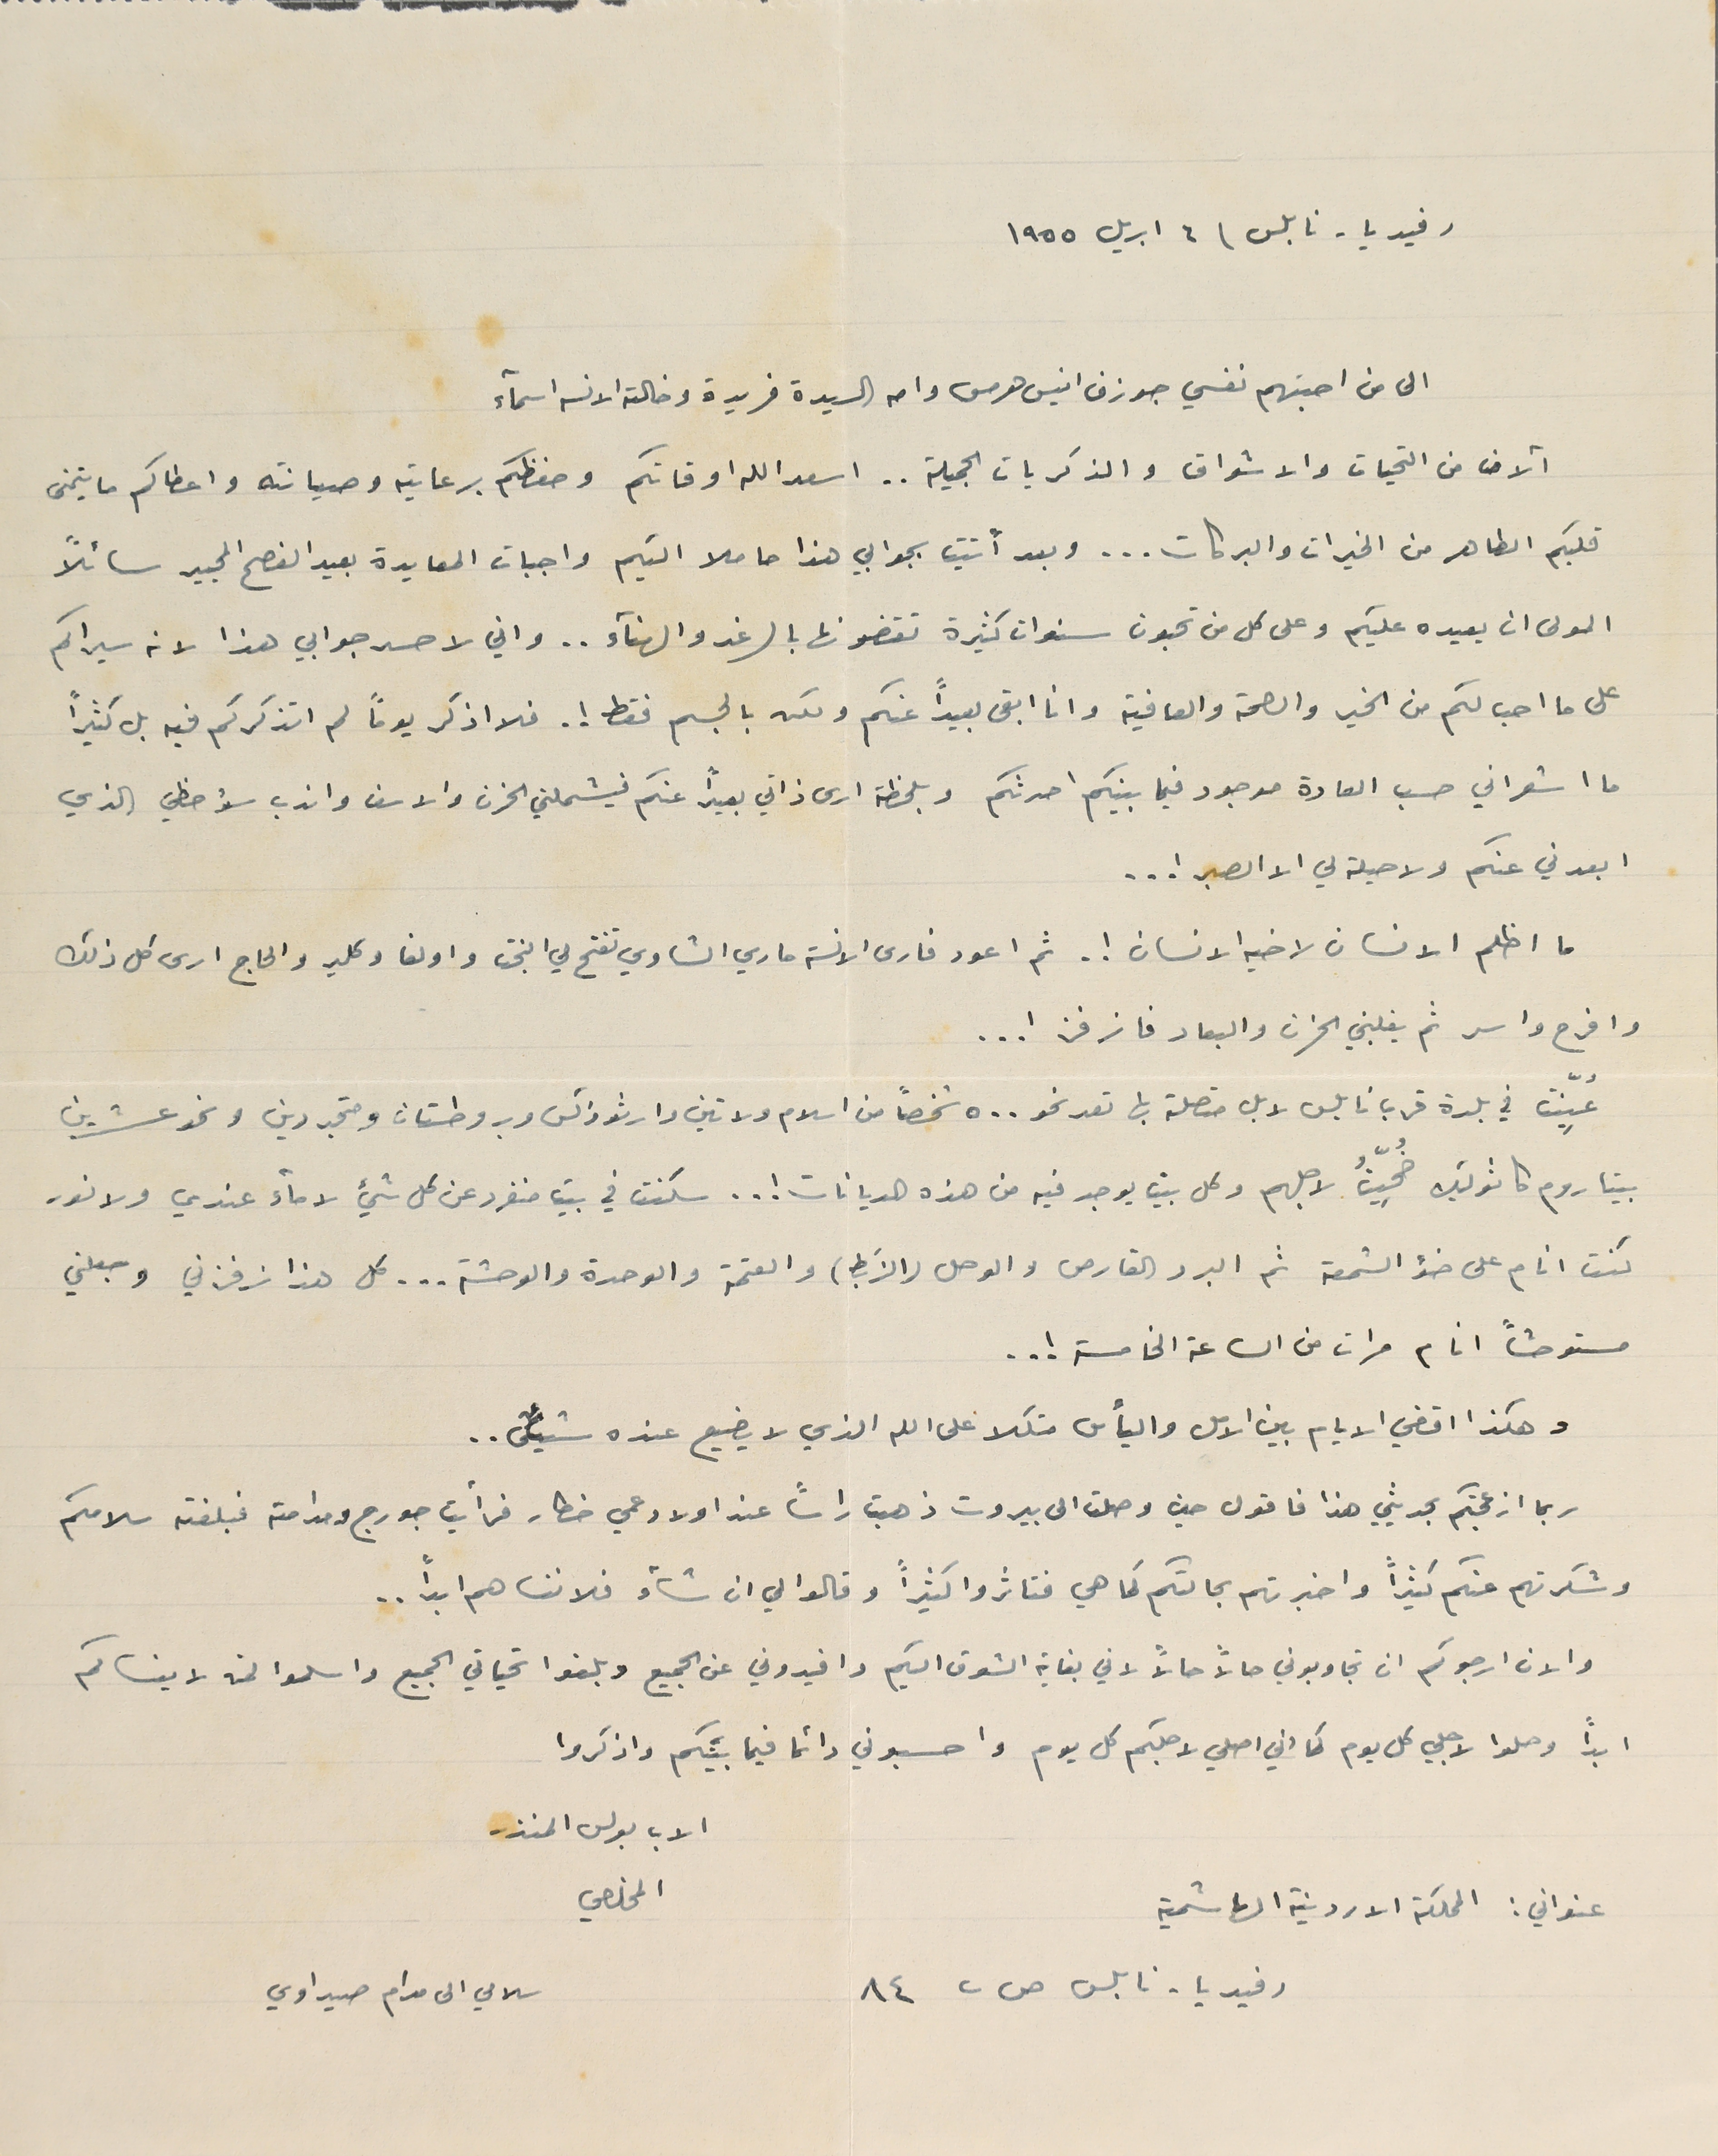
رفيديا - نابلس / ٦ ابريل ١٩٥٥
 الى من احبتهم نفسي جوزف انيس هرمس وامه السيدة فريدة وخالته الانسه اسمآء
آلاف من التحيات والاشواق والذكريات الجميلة.. اسعد الله اوقاتكم وحفظكم برعايته وصيانته واعطاكم ما يتمنى
قلبكم الطاهر من الخيرات والبركات... وبعد أتيت بجوابي هذا حاملا اليكم واجبات المعايدة بعيد الفصح المجيد سائلاً
المولى ان يعيده عليكم وعلى كل من تحبون سنوات كثيرة تقضونها بالرغد والهنآء ... واني لاحسد جوابي هذا لانه سيراكم
على ما احب لكم من الخير والصحة والعافية وانا ابقى بعيداً عنكم ولكن بالجسم فقط ! . فلا اذكر يوماً لم اتذكركم فيه بل كثيرًا
ما اشعر اني حسب العادة موجود فيما بينكم احدثكم وبلحظة ارى ذاتي بعيداً عنكم فيشملني الحزن والاسف واندب سؤ حظي الذي
 ابعدني عنكم ولاحيلة لي الا الصبر ! ..
ما اظلم الانسان لاخيه الانسان ! . ثم اعود فارى الانسة ماري الشاوي تفتح لي البخت واولغا وكلير والحاج ارى كل ذلك
وافرح واسر ثم يغلبني الحزن والبعاد فانرفز ! ..
عُيِّنت في بلدة قرب نابلس لا بل متصلة بها تعد نحو ٥٠٠ شخصاً من اسلام ولاتين وارثوذكس وبروطستان ومتجردين ونحو عشرين
بيتا روم كاثوليك ضُحِيّتُ لاجلهم وكل بيت يوجد فيه من هذه الديانات ! .. سكنت في بيت منفرد عن كل شيئ لا مآء عندي ولا نور
 كنت انام على ضؤ الشمعة ثم البرد القارص والوحل (الزَبط) والعتمة والوحدة والوحشة ... كل هذا نرفزني وجعلني
مستوحشاً انام مرات من الساعة الخامسة !..
 وهكذا اقضي الايام بين الامل واليأس متكلا على الله الذي لا يضيع عنده شيئاً..
 ربما ازعجتكم بحدثي هذا فاقول حين وصلت الى بيروت ذهبت راساً عند اولاد عمي خطار فرأيت جورج ومدامته فبلغته سلامكم
وشكرتهم عنكم كثيراً واخبرتهم بحالتكم كما هي فتاثروا كثيراً وقالوا لي ان شاء فلا ننساهم ابداً ..
والان ارجوكم ان تجاوبوني حالاً حالاً لاني بغاية الشوق اليكم وافيدوني عن الجميع وبلغوا تحياتي الجميع واسلموا لمن لا ينساكم
ابداً وصلوا لاجلي كل يوم كما اني اصلي لاجلكم كل يوم واحسبوني دائما فيما بينكم واذكروا
الاب بولس المنذر
عنواني : المملكة الاردنية الهاشمية                                                                                                        المخلصي
رفيديا - نابلس ص ب ٨٤                سلامي الى مدام صيداوي